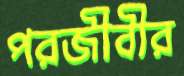
পরজীবীর